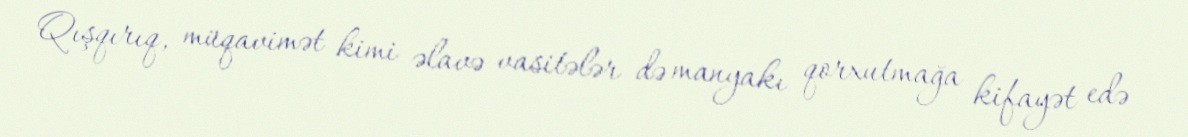
Qışqırıq, müqavimət kimi əlavə vasitələr də manyakı qorxutmağa kifayət edə